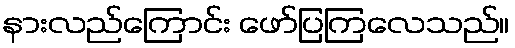
နားလည်ကြောင်း ဖော်ပြကြလေသည်။